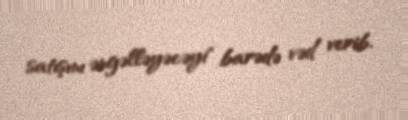
satışını əngəlləyəcəyi" barədə vəd verib.